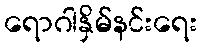
ရောဂါနှိမ်နင်းရေး